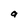
Character: a